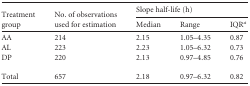
| <ROWSPAN=2> Treatment group | <ROWSPAN=2> No. of observations used for estimation | <COLSPAN=3> Slope half-life (h) |
 | Median | Range | IQRa |
 | --- | --- | --- | --- | --- |
 | AA | 214 | 2.15 | 1.05–4.35 | 0.87 |
 | AL | 223 | 2.23 | 1.05–6.32 | 0.73 |
 | DP | 220 | 2.13 | 0.97–4.85 | 0.76 |
 | Total | 657 | 2.18 | 0.97–6.32 | 0.82 |